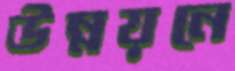
উন্নয়নে